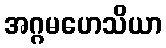
အဂ္ဂမဟေသိယာ